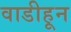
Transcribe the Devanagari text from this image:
वाडीहून